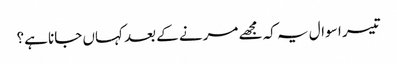
تیسر ا سوال یہ کہ مجھے مرنے کے بعد کہاں جانا ہے؟